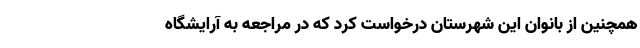
همچنین از بانوان این شهرستان درخواست کرد که در مراجعه به آرایشگاه